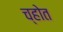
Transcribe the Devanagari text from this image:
च्होत